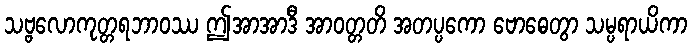
သဗ္ဗလောကုတ္တရဘာဝဿ ဤအာအာဒီ အာဝတ္တတိ အတပ္ပကော ဗောဓေတွာ သမ္ပရာယိကာ